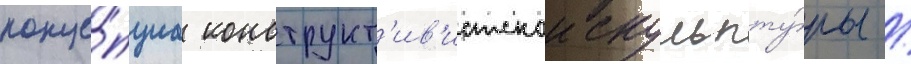
конце́пциа конструкт'ив'истскои скульпту́ры /